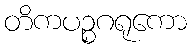
တိကပဉ္စဂရုကော